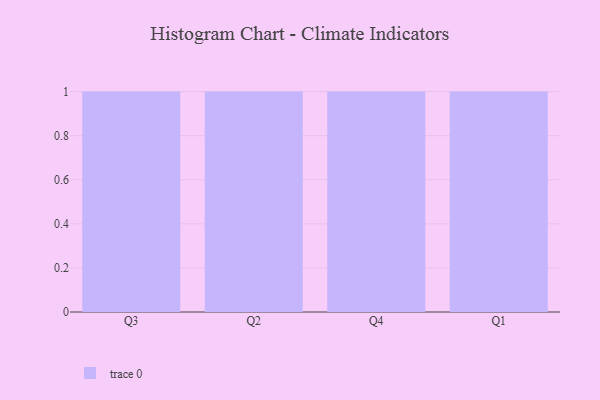
{"axis": {"x": "Quarter", "y": "LTV (USD)"}, "legend": [""], "data": [{"x": "Q3", "y": 79, "type": ""}, {"x": "Q2", "y": 41, "type": ""}, {"x": "Q4", "y": 99, "type": ""}, {"x": "Q1", "y": 19, "type": ""}]}